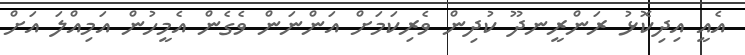
އެއީ އިދިކޮޅު ރަންރީނދޫ ކުދިން ވެރިކަމަށް އަންނަން ވެގެން އެމީހުން އަމިއްލަ އަށް